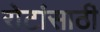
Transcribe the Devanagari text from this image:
रोटांसाठी